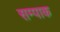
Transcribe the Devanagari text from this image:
सम्पाक